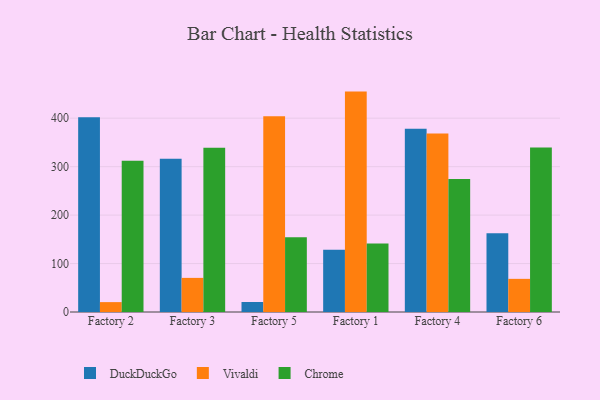
{"axis": {"x": "Factory", "y": "Population (Million)"}, "legend": ["Chrome", "DuckDuckGo", "Vivaldi"], "data": [{"x": "Factory 2", "y": 401.9, "type": "DuckDuckGo"}, {"x": "Factory 2", "y": 20.4, "type": "Vivaldi"}, {"x": "Factory 2", "y": 312.1, "type": "Chrome"}, {"x": "Factory 3", "y": 316.1, "type": "DuckDuckGo"}, {"x": "Factory 3", "y": 70.4, "type": "Vivaldi"}, {"x": "Factory 3", "y": 339.2, "type": "Chrome"}, {"x": "Factory 5", "y": 20.6, "type": "DuckDuckGo"}, {"x": "Factory 5", "y": 404.1, "type": "Vivaldi"}, {"x": "Factory 5", "y": 154.4, "type": "Chrome"}, {"x": "Factory 1", "y": 128.4, "type": "DuckDuckGo"}, {"x": "Factory 1", "y": 454.9, "type": "Vivaldi"}, {"x": "Factory 1", "y": 141.5, "type": "Chrome"}, {"x": "Factory 4", "y": 378.3, "type": "DuckDuckGo"}, {"x": "Factory 4", "y": 368.3, "type": "Vivaldi"}, {"x": "Factory 4", "y": 274.4, "type": "Chrome"}, {"x": "Factory 6", "y": 162.3, "type": "DuckDuckGo"}, {"x": "Factory 6", "y": 68.4, "type": "Vivaldi"}, {"x": "Factory 6", "y": 339.5, "type": "Chrome"}]}